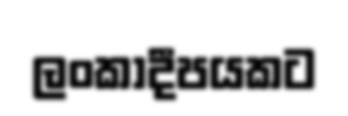
ලංකාදීපයකට